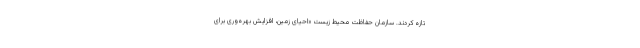
تازه کردند. سازمان حفاظت محیط ‌زیست «احیای زمین، افزایش بهره‌وری برای